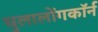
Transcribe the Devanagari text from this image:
चुलालोंगकॉर्न